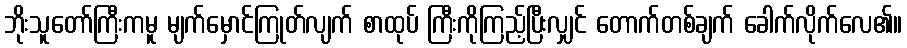
ဘိုးသူတော်ကြီးကမူ မျက်မှောင်ကြုတ်လျက် စာထုပ် ကြီးကိုကြည့်ပြီးလျှင် တောက်တစ်ချက် ခေါက်လိုက်လေ၏။